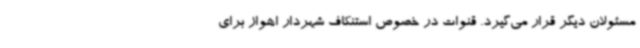
مسئولان دیگر قرار می‌گیرد. قنوات در خصوص استنکاف شهردار اهواز برای